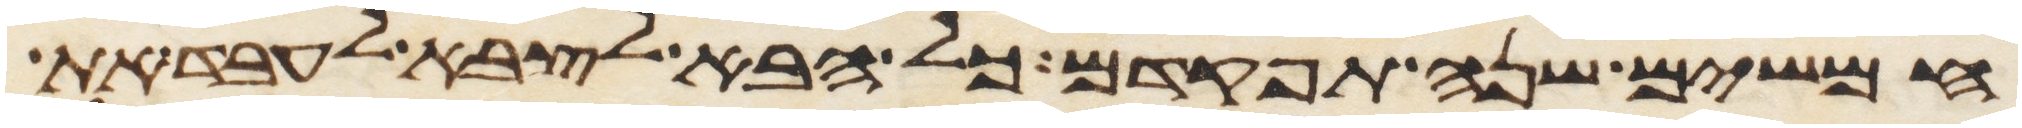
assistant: חמשים שנה תפקדם כל הבא לצבא לעבד את